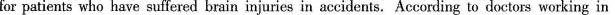
for patients who have suffered brain injuries in accidents.According to doctors working in